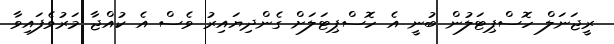
ރީޖަނަލް ހޮސްޕިޓަލުން ބުނީ އެ ހޮސްޕިޓަލަށް ގެންދިޔައިރު ވެސް އެ ކުއްޖާ މަރުވެފައިވާ